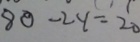
8 0 - 2 y = 2 0